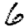
Digit: 6